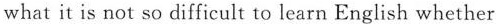
what it is not so difficult to learn English whether